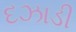
દઝાડી